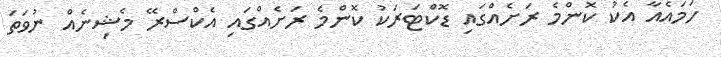
ހަމައެއާ އެކު ކޮންމެ ރަށެއްގައި ޑޮކްޓަރަކު ކޮންމެ ރަށެއްގައި އެކްސްރޭ މެޝިނެއް ނުވަތަ